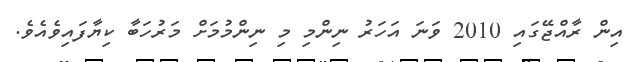
އިން ރާއްޖޭގައި 2010 ވަނަ އަހަރު ނިންމި މި ނިންމުމަށް މަރުހަބާ ކިޔާފައިވެއެވެ.